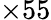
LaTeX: \times 55